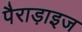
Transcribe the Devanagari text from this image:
पैराड़ाइज